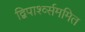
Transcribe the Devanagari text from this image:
द्विपार्श्व्सममित